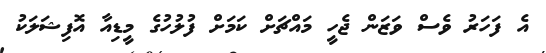
އެ ފަހަރު ވެސް ވަޒަން ޖެހީ މައްޗަށް ކަމަށް ފުލުހުގެ މީޑިއާ އޮފިޝަލަކު